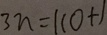
3 n = 1 1 0 + 1